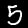
Digit: 5